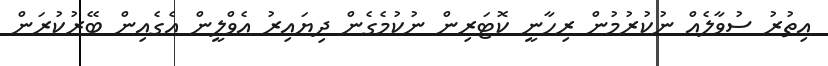
އިތުރު ސުވާލެއް ނުކުރުމުން ރިހާނީ ކޮޓަރިން ނުކުމެެގެން ދިޔައިރު އެވްލީން އެގެއިން ބޭރުކުރަން